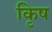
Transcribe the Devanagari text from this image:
कृिष